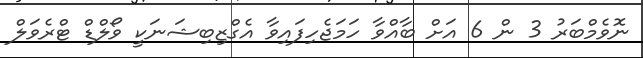
ނޮވެމްބަރު 3 ން 6 އަށް ބާއްވާ ހަމަޖެހިފައިވާ އެގްޒިބިޝަނަކީ ވޯލްޑް ޓްރެވަލް